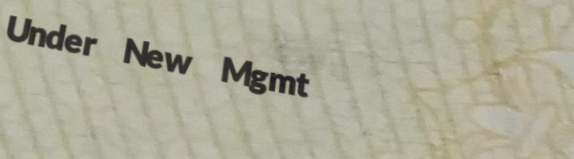
Under New Mgmt